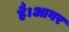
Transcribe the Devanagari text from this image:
है।आगर